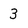
Character: 3